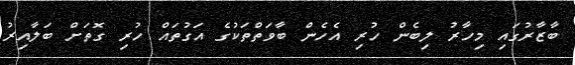
ބާޒާރުގައި މިހާރު ލިބެން ހުރި އެހެން ބާވަތްތަކުގެ އަގުތައް ހުރި ގޮތަށް ބަލާއިރު